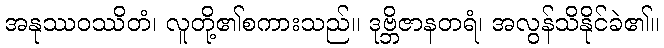
အနုဿဝဿိတံ၊ လူတို့၏စကားသည်။ ဒုဗ္ဘိဇာနတရံ၊ အလွန်သိနိုင်ခဲ၏။